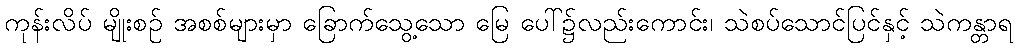
ကုန်းလိပ် မျိုးစဉ် အစစ်များမှာ ခြောက်သွေ့သော မြေ ပေါ်၌လည်းကောင်း၊ သဲစပ်သောင်ပြင်နှင့် သဲကန္တာရ